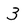
Character: 3